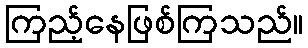
ကြည့်နေဖြစ်ကြသည်။